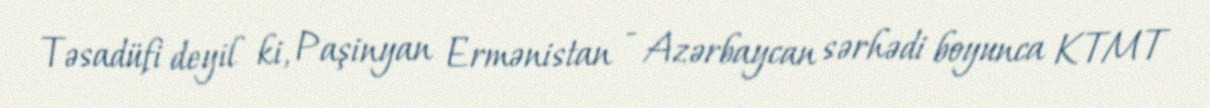
Təsadüfi deyil ki, Paşinyan Ermənistan - Azərbaycan sərhədi boyunca KTMT